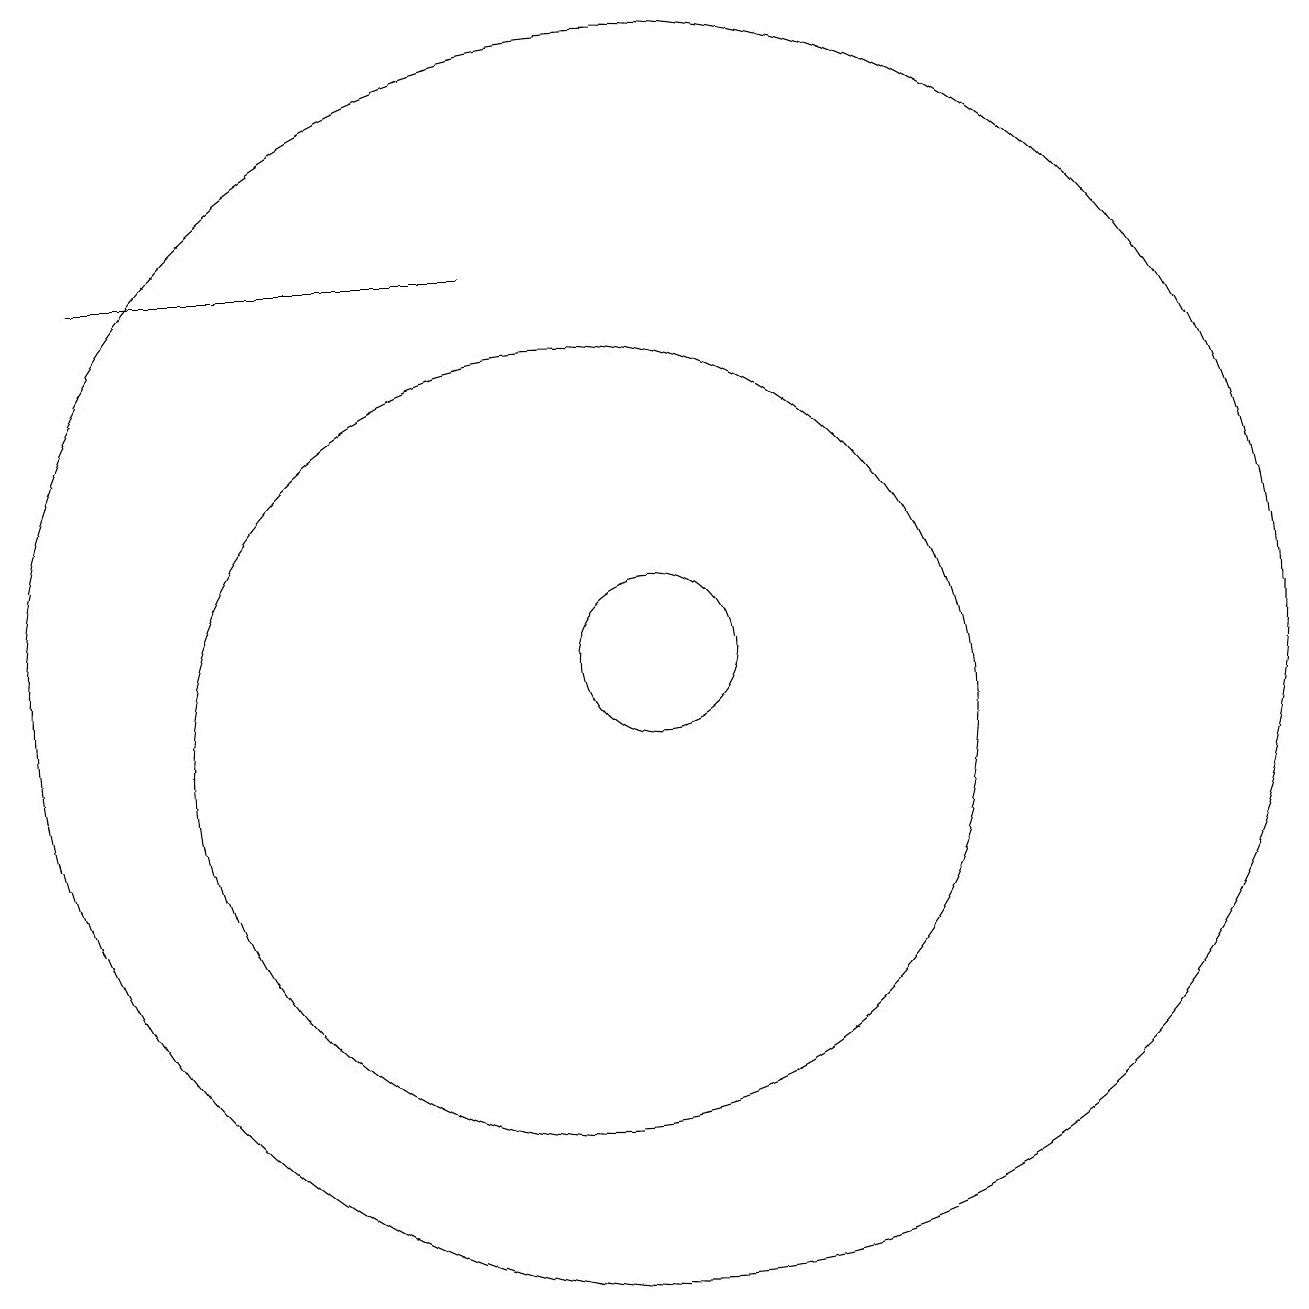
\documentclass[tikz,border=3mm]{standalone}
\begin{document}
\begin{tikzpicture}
\draw (10,10) circle (5);
\draw (11,11) circle (1);
\draw (11,11) circle (8);
\draw (9,16) rectangle (4,16);
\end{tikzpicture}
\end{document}